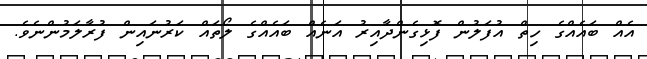
އެއް ބައެއްގެ ހިތް އުފަލުން ފޮޅިގެންދާއިރު އަނެއް ބައެއްގެ ލޯތައް ކަރުނައިން ފުރާލަމުންނެވެ.